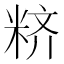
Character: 𱹁